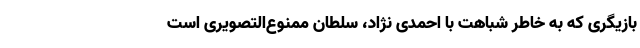
بازیگری که به خاطر شباهت با احمدی نژاد، سلطان ممنوع‌التصویری است